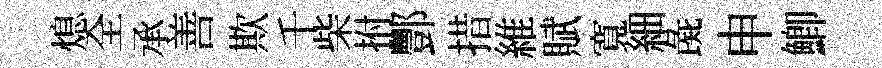
熄全承善欺千柴拊酆措維賦寬細彘申鯽